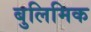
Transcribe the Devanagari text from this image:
बुलिमिक